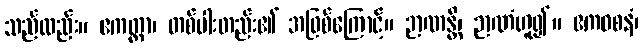
သည်လည်း။ ဧကတ္ထာ၊ တစ်ပါးတည်း၏ အဖြစ်ကြောင့်။ ဉာဏန္တိ၊ ဉာဏံဟူ၍။ ဧကဝစနံ၊